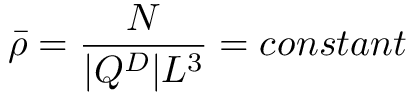
\bar { \rho } = \frac { N } { | Q ^ { D } | L ^ { 3 } } = c o n s t a n t